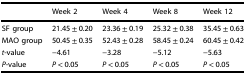
<table><thead><tr><td></td><td><b>Week 2</b></td><td><b>Week 4</b></td><td><b>Week 8</b></td><td><b>Week 12</b></td></tr></thead><tbody><tr><td>SF group</td><td>21.45 ± 0.20</td><td>23.36 ± 0.19</td><td>25.32 ± 0.38</td><td>35.45 ± 0.63</td></tr><tr><td>MAO group</td><td>50.45 ± 0.35</td><td>52.43 ± 0.28</td><td>58.45 ± 0.24</td><td>60.45 ± 0.42</td></tr><tr><td><i>t</i>-value</td><td>−4.61</td><td>−3.28</td><td>−5.12</td><td>−5.63</td></tr><tr><td><i>P</i>-value</td><td><i>P</i> &lt; 0.05</td><td><i>P</i> &lt; 0.05</td><td><i>P</i> &lt; 0.05</td><td><i>P</i> &lt; 0.05</td></tr></tbody></table>